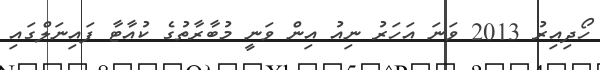
ހޯދިއިރު 2013 ވަނަ އަހަރު ނިއު އިން ވަނީ މުބާރާތުގެ ކުއާޓާ ފައިނަލްގައި